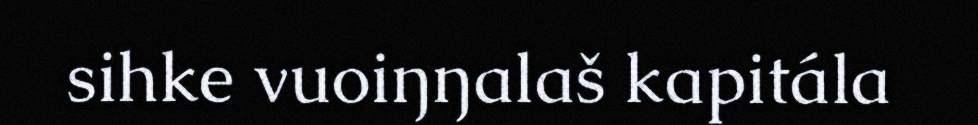
sihke vuoiŋŋalaš kapitála